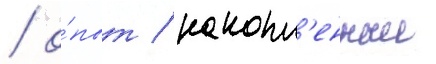
/ о́пыт / накопл'енныи